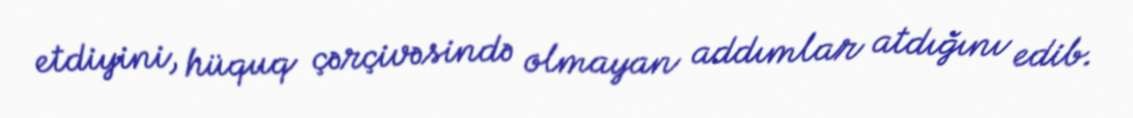
etdiyini, hüquq çərçivəsində olmayan addımlar atdığını edib.